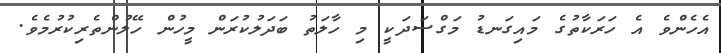
އެހެންވެ އެ ހަރަކާތުގެ މައިގަނޑު މަގްސަދަކީ މި ހާލަތު ބަދަލުކުރަން މީހުން ހޭލުންތެރިކުރުމެވެ.